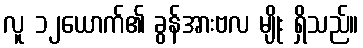
လူ ၁၂ယောက်၏ ခွန်အားဗလ မျိုး ရှိသည်။